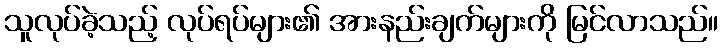
သူလုပ်ခဲ့သည့် လုပ်ရပ်များ၏ အားနည်းချက်များကို မြင်လာသည်။